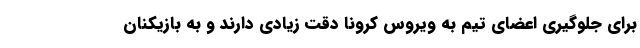
برای جلوگیری اعضای تیم به ویروس کرونا دقت زیادی دارند و به بازیکنان